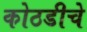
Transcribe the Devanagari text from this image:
कोठडीचे